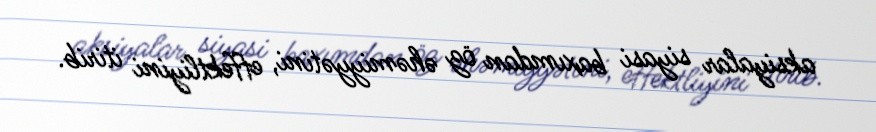
aksiyalar siyasi baxımdan öz əhəmiyyətini, effektliyini itirib.